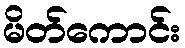
မိတ်ကောင်း